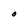
Character: O